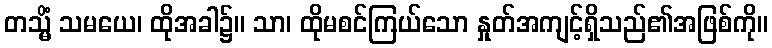
တသ္မိံ သမယေ၊ ထိုအခါ၌။ သာ၊ ထိုမစင်ကြယ်သော နှုတ်အကျင့်ရှိသည်၏အဖြစ်ကို။